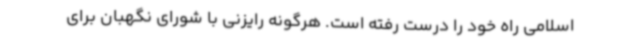
اسلامی راه خود را درست رفته است. هرگونه رایزنی با شورای نگهبان برای